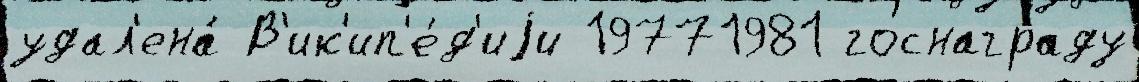
удал'ена́ В'ик'ип'е́д'иjи 19771981 госнаграду